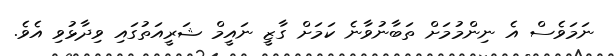
ނަމަވެސް އެ ނިންމުމަށް ތަބާނުވާނެ ކަމަށް ގާޒީ ނައީމް ޝަރީއަތުގައި ވިދާޅުވި އެވެ.